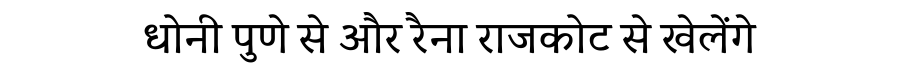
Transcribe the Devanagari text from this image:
धोनी पुणे से और रैना राजकोट से खेलेंगे